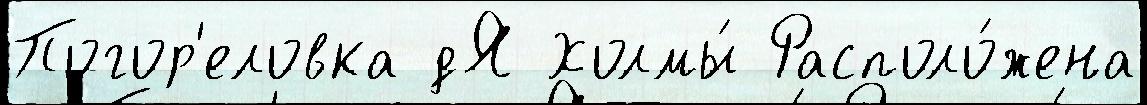
Погор'еловка дЯ Холмы́ Располо́жена